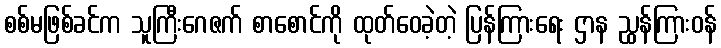
စစ်မဖြစ်ခင်က သူကြီးဂေဇက် စာစောင်ကို ထုတ်ဝေခဲ့တဲ့ ပြန်ကြားရေး ဌာန ညွှန်ကြားဝန်